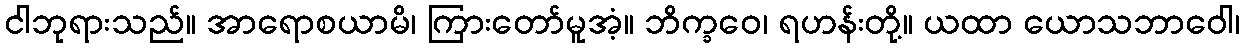
ငါဘုရားသည်။ အာရောစယာမိ၊ ကြားတော်မူအံ့။ ဘိက္ခဝေ၊ ရဟန်းတို့။ ယထာ ယောသဘာဝေါ၊